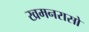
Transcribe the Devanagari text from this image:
खमनरासो